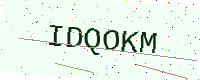
Text: IDQOKM